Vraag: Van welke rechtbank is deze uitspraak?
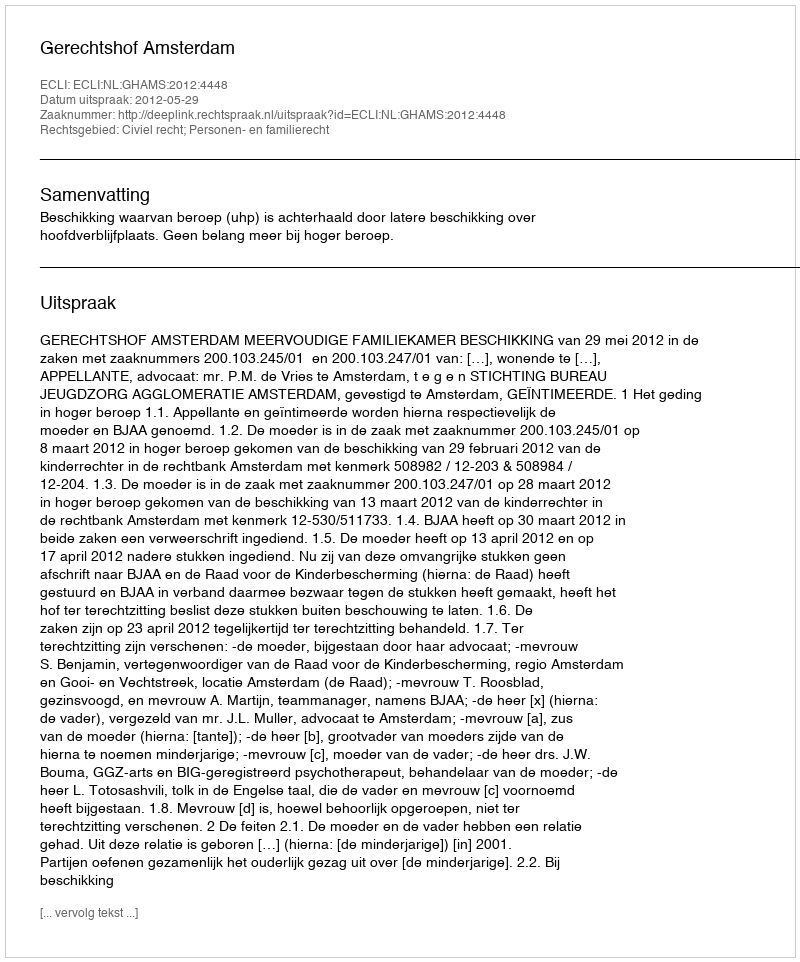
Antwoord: Gerechtshof Amsterdam